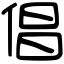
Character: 倡